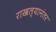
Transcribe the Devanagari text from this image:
राखल्यानंतर